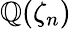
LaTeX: \mathbb{Q}(\zeta_{n})